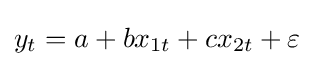
y_{t}=a+bx_{1t}+cx_{2t}+\varepsilon